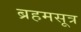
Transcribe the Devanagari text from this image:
ब्रहमसूत्र